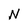
Character: N